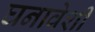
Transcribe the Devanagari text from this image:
घनावेशी